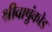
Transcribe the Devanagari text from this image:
श्रीवाष़ुंकोड